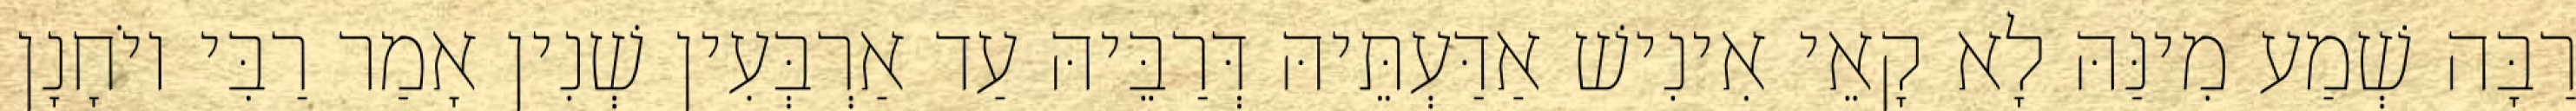
רַבָּה שְׁמַע מִינַּהּ לָא קָאֵי אִינִישׁ אַדַּעְתֵּיהּ דְּרַבֵּיהּ עַד אַרְבְּעִין שְׁנִין אָמַר רַבִּי יוֹחָנָן